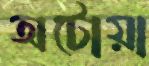
অটোয়া